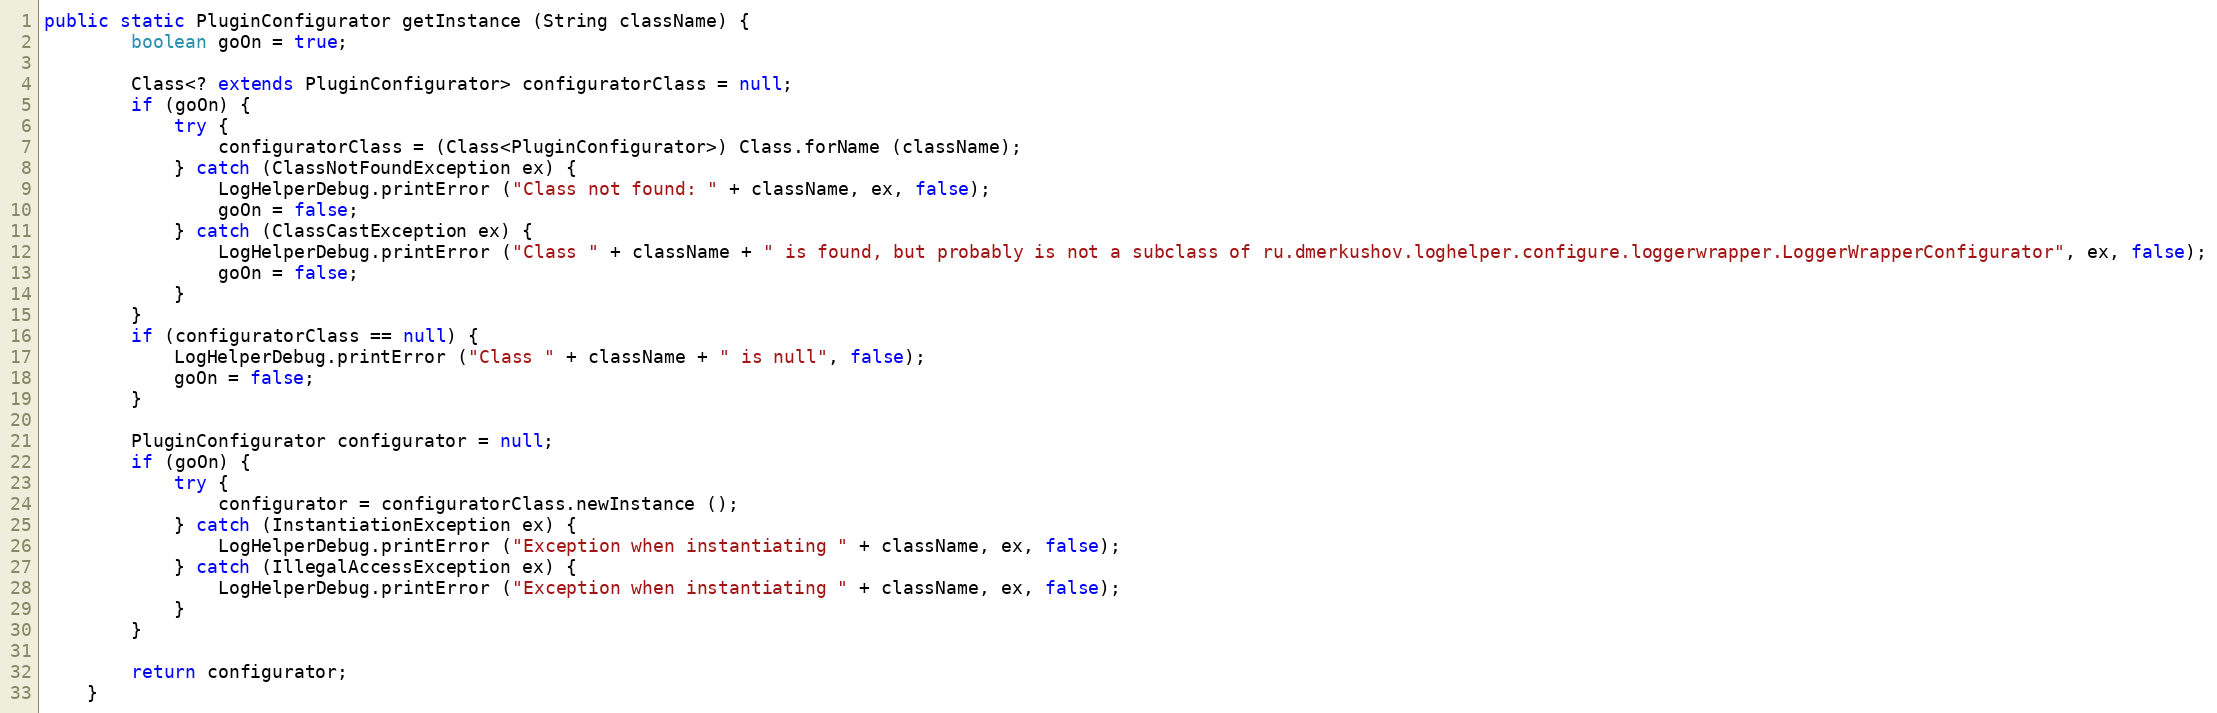
Language: Java
public static PluginConfigurator getInstance (String className) {
		boolean goOn = true;

		Class<? extends PluginConfigurator> configuratorClass = null;
		if (goOn) {
			try {
				configuratorClass = (Class<PluginConfigurator>) Class.forName (className);
			} catch (ClassNotFoundException ex) {
				LogHelperDebug.printError ("Class not found: " + className, ex, false);
				goOn = false;
			} catch (ClassCastException ex) {
				LogHelperDebug.printError ("Class " + className + " is found, but probably is not a subclass of ru.dmerkushov.loghelper.configure.loggerwrapper.LoggerWrapperConfigurator", ex, false);
				goOn = false;
			}
		}
		if (configuratorClass == null) {
			LogHelperDebug.printError ("Class " + className + " is null", false);
			goOn = false;
		}

		PluginConfigurator configurator = null;
		if (goOn) {
			try {
				configurator = configuratorClass.newInstance ();
			} catch (InstantiationException ex) {
				LogHelperDebug.printError ("Exception when instantiating " + className, ex, false);
			} catch (IllegalAccessException ex) {
				LogHelperDebug.printError ("Exception when instantiating " + className, ex, false);
			}
		}

		return configurator;
	}